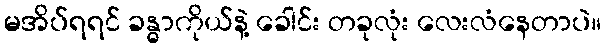
မအိပ်ရရင် ခန္ဓာကိုယ်နဲ့ ခေါင်း တခုလုံး လေးလံနေတာပဲ။